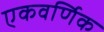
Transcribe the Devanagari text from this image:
एकवर्णिक